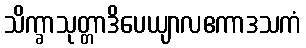
သိက္ခာသုတ္တာဒိပေယျာလဧကာဒသကံ